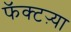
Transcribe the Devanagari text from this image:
फॅक्टऱ्या